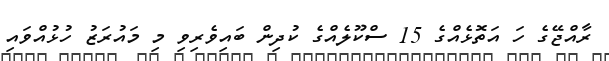
ރާއްޖޭގެ ހަ އަތޮޅެއްގެ 15 ސްކޫލެއްގެ ކުދިން ބައިވެރިވި މި މައުރަޒު ހުޅުއްވައި